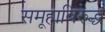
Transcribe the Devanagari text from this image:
समूहाविरुद्ध